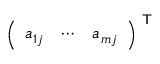
{ \left( \begin{array} { l l l } { a _ { 1 j } } & { \cdots } & { a _ { m j } } \end{array} \right) } ^ { \textsf { T } }